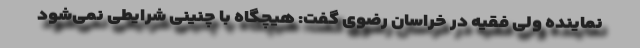
نماینده ولی فقیه در خراسان رضوی گفت: هیچگاه با چنینی شرایطی نمی‌شود